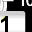
Digit: 1